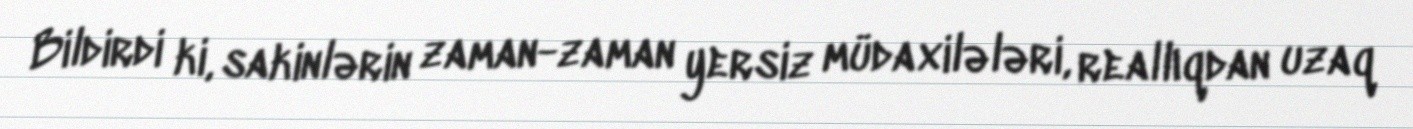
Bildirdi ki, sakinlərin zaman-zaman yersiz müdaxilələri, reallıqdan uzaq